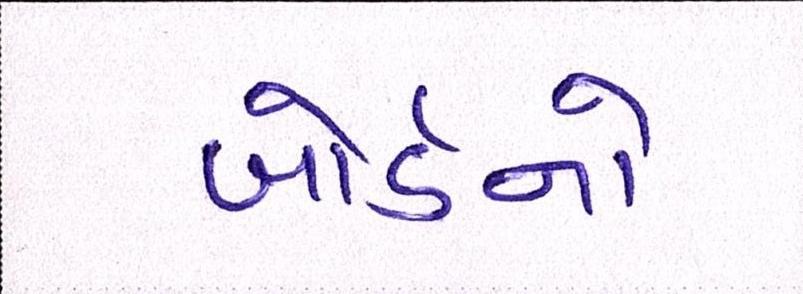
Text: બોર્ડનો